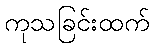
ကုသခြင်းထက်